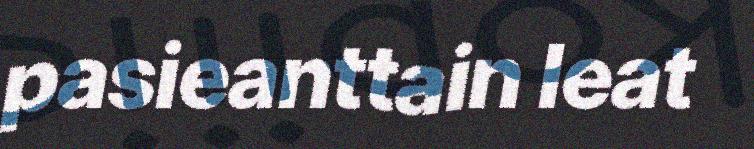
pasieanttain leat